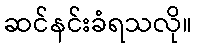
ဆင်နင်းခံရသလို။